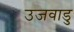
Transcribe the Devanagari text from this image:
उजवाडु